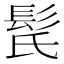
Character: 𩬁